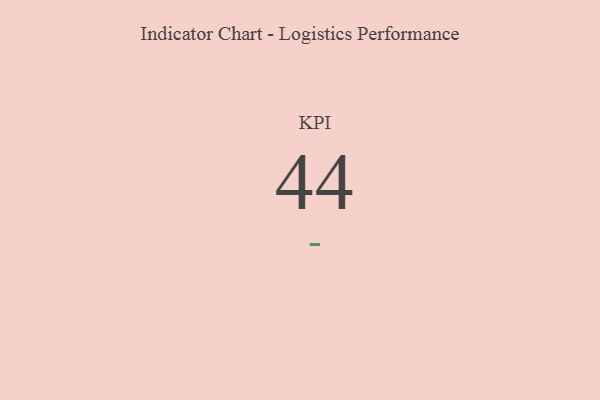
{"axis": {"x": "KPI", "y": "Value"}, "legend": [""], "data": [{"x": "KPI", "y": 44, "type": ""}]}